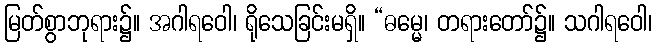
မြတ်စွာဘုရား၌။ အဂါရဝေါ၊ ရိုသေခြင်းမရှိ။ “ဓမ္မေ၊ တရားတော်၌။ သဂါရဝေါ၊